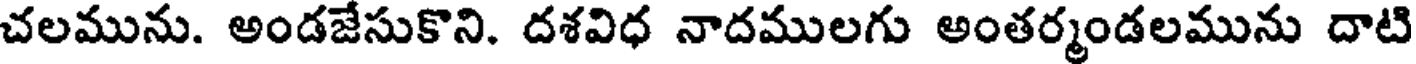
చలమును. అండజేసుకొని. దశవిధ నాదములగు అంతర్మండలమును దాటి